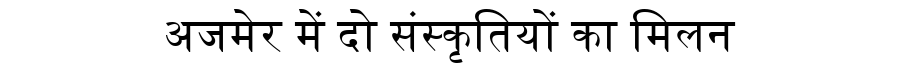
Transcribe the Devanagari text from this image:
अजमेर में दो संस्कृतियों का मिलन